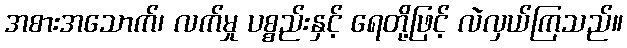
အစားအသောက်၊ လက်မှု ပစ္စည်းနှင့် ရေတို့ဖြင့် လဲလှယ်ကြသည်။